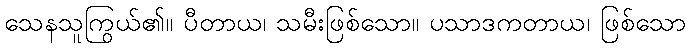
သေနသူကြွယ်၏။ ပီတာယ၊ သမီးဖြစ်သော။ ပသာဒကတာယ၊ ဖြစ်သော